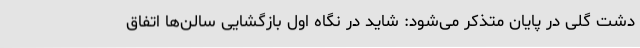
دشت گلی در پایان متذکر می‌شود: شاید در نگاه اول بازگشایی سالن‌ها اتفاق